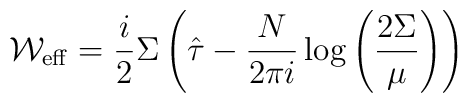
{\cal W}_{\rm eff}=\frac{i}{2}\Sigma\left(\hat{\tau}-\frac{N}{2\pi i}\log\left(\frac{2\Sigma}{\mu}\right)\right)